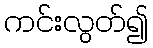
ကင်းလွတ်၍